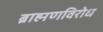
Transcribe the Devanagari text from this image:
ब्राह्मणविरोध